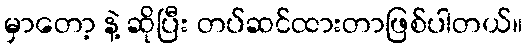
မှာတော့ နဲ့ ဆိုပြီး တပ်ဆင်ထားတာဖြစ်ပါတယ်။